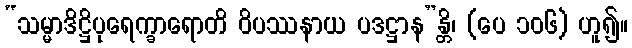
“သမ္မာဒိဋ္ဌိပုရေက္ခာရောတိ ဝိပဿနာယ ပဒဋ္ဌာန”န္တိ၊ (ပေ ၁၀၆) ဟူ၍။